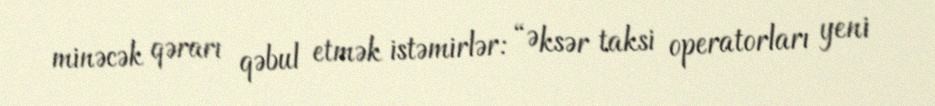
minəcək qərarı qəbul etmək istəmirlər: “Əksər taksi operatorları yeni